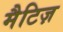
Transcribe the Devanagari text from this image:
मैटिज़